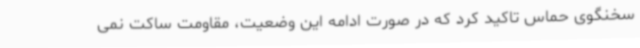
سخنگوی حماس تاکید کرد که در صورت ادامه این وضعیت، مقاومت ساکت نمی